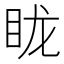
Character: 眬